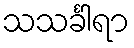
သသင်္ခါရာ